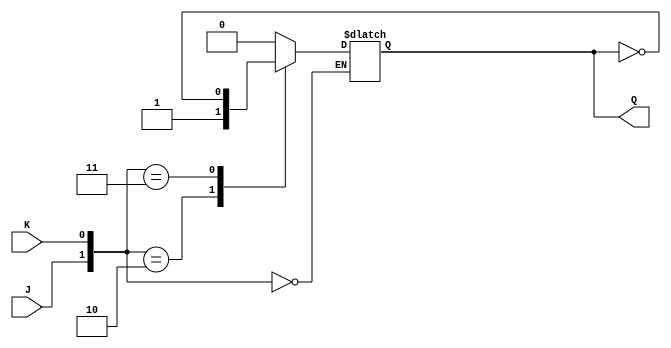
module jk_latch(
	input J,K,
	output reg Q
);

always@(*)
	begin
		case({J,K})
			2'b00 : Q <= Q;
			2'b01 : Q <= 0;
			2'b10 : Q <= 1;
			2'b11 : Q <= ~Q;
		endcase
	end
	
endmodule